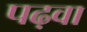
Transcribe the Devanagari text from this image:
पढ़वा